65_HS1-834228961_62-HQ-83894_SUB_A
Agency: FBI
Page 31
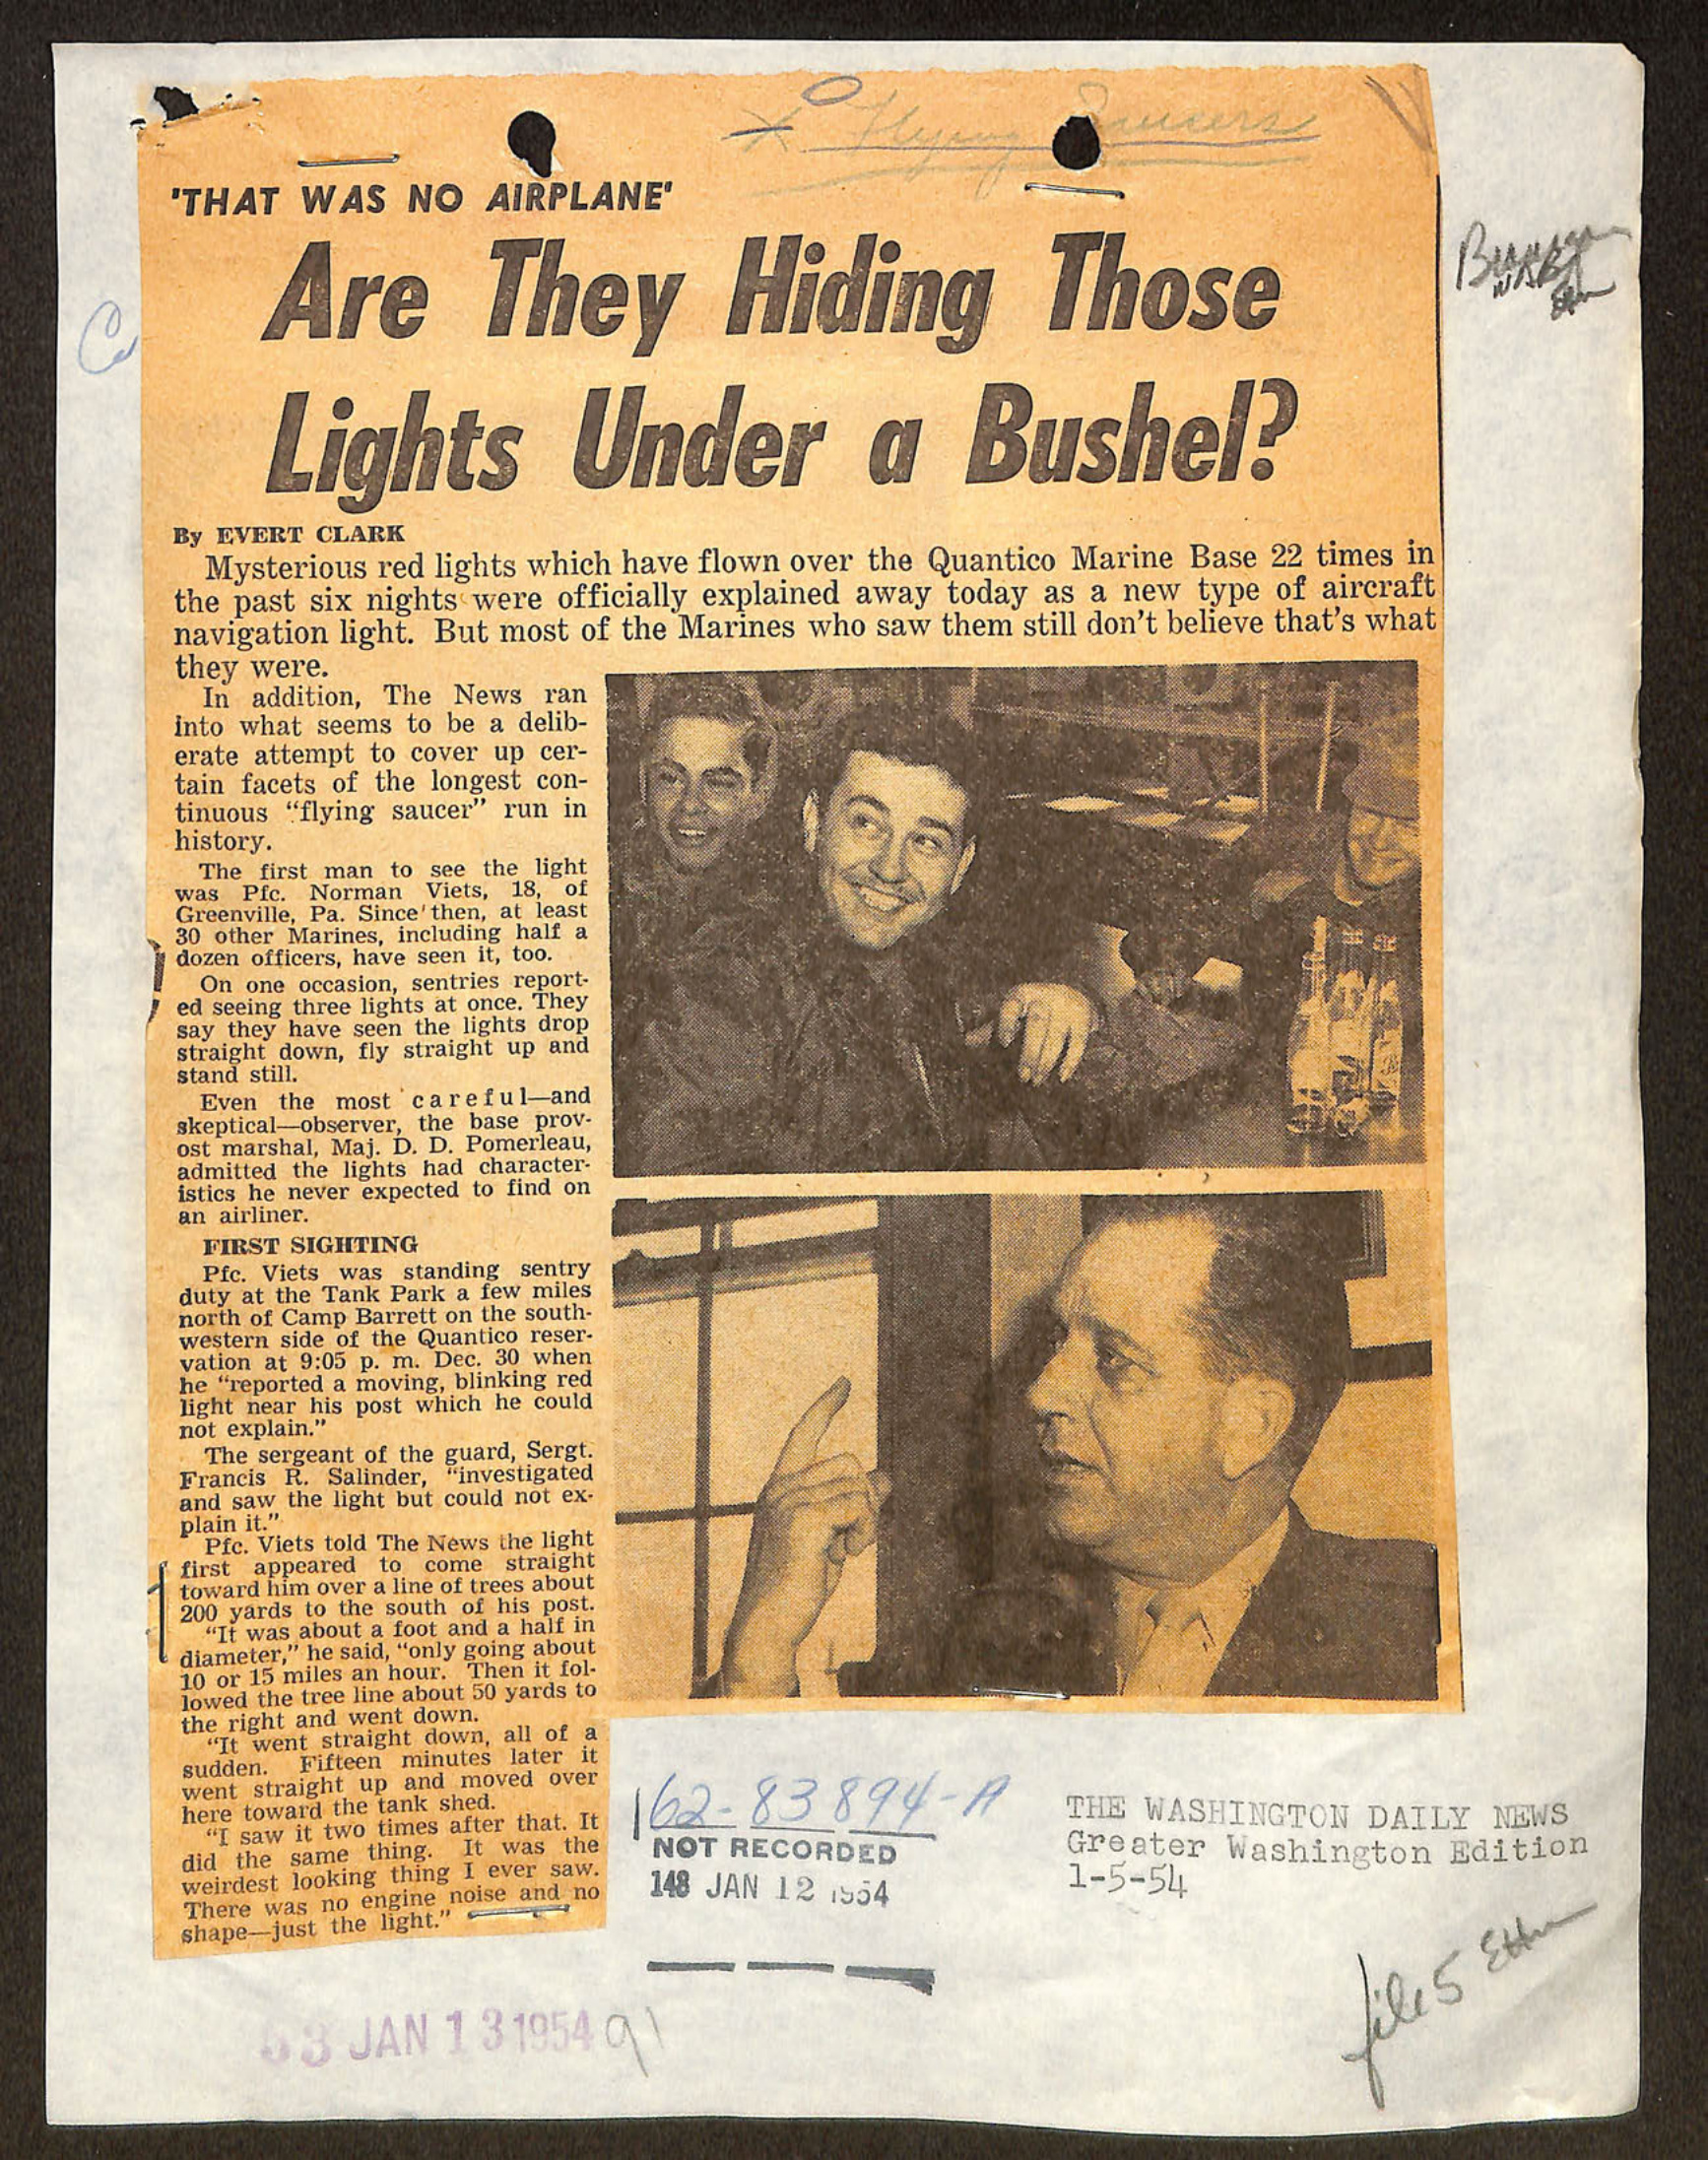